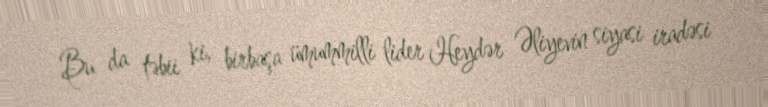
Bu da təbii ki, birbaşa ümummilli lider Heydər Əliyevin siyasi iradəsi